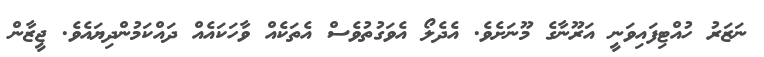
ނަޒަރު ހުއްޓިފައިވަނީ އަރޫނާގެ މޫނަށެވެ. އެދެލޯ އެވަގުތުވެސް އެތަކެއް ވާހަކައެއް ދައްކަމުންދިޔައެވެ. ޖީޒާން